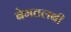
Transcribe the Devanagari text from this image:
बेमतलबी